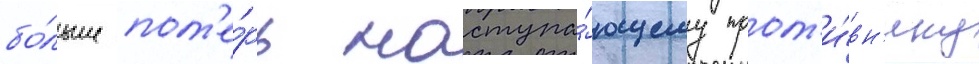
бо́льше пот'е́рь наступа́ющему прот'и́вн'ику